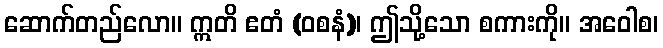
ဆောက်တည်လော။ ဣတိ ဧတံ (ဝစနံ)၊ ဤသို့သော စကားကို။ အဝေါစ၊